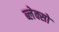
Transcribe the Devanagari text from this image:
ब्लेक्सो